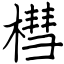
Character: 槥